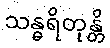
သန္ဓရိတုန္တိ